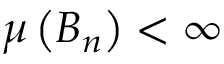
\mu \left( B _ { n } \right) < \infty